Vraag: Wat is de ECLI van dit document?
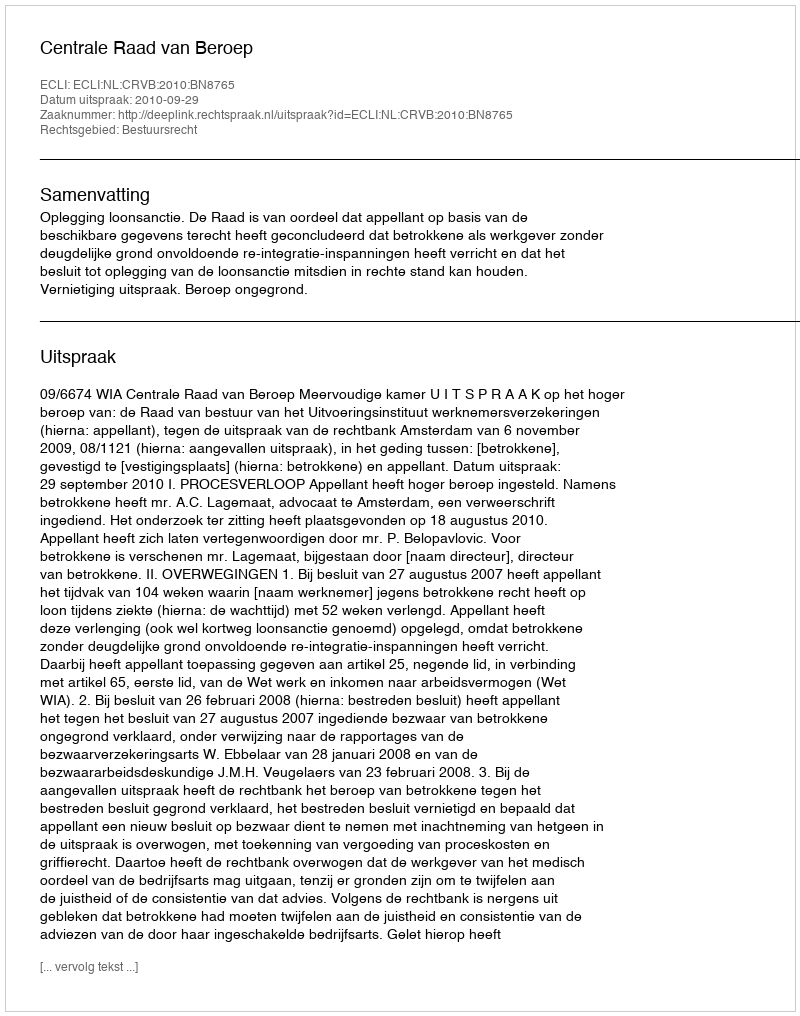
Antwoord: ECLI:NL:CRVB:2010:BN8765